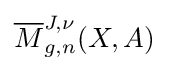
{\overline {M}}_{g,n}^{J,\nu }(X,A)